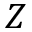
Z